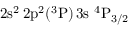
\mathrm { 2 s ^ { 2 } \, 2 p ^ { 2 } ( ^ { 3 } P ) \, 3 s ~ ^ { 4 } P _ { 3 / 2 } }